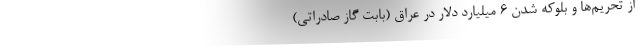
از تحریم‌ها و بلوکه شدن 6 میلیارد دلار در عراق (بابت گاز صادراتی)